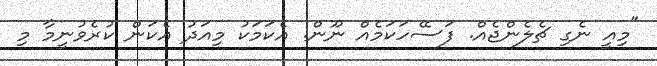
"މިއީ ނެގި ޗެލެންޖެއް. ފަސޭހަކަމެއް ނޫން. އެކަމަކު މިއަދު އެކަން ކުރެވުނީމާ މި